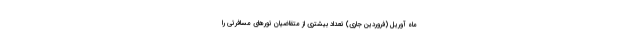
ماه آوریل (فروردین جاری) تعداد بیشتری از متقاضیان تورهای مسافرتی را